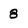
Character: 8